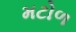
મટોળ